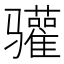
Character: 𬴐